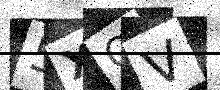
Text: 5XQV